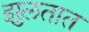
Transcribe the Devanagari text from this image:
झुलतात